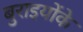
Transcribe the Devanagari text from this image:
बुराइयोंके